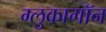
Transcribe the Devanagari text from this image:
ग्लुकागॉन